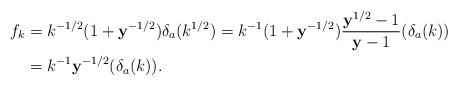
LaTeX: \begin{align*} f_k &= k^{-1/2} (1+ \mathbf y^{-1/2}) \delta_a(k^{1/2}) = k^{-1} (1+ \mathbf y^{-1/2}) \frac{\mathbf y^{1/2}-1}{\mathbf y -1} ( \delta_a (k) ) \\ &= k^{-1} \mathbf y^{-1/2} (\delta_a (k) ). \end{align*}